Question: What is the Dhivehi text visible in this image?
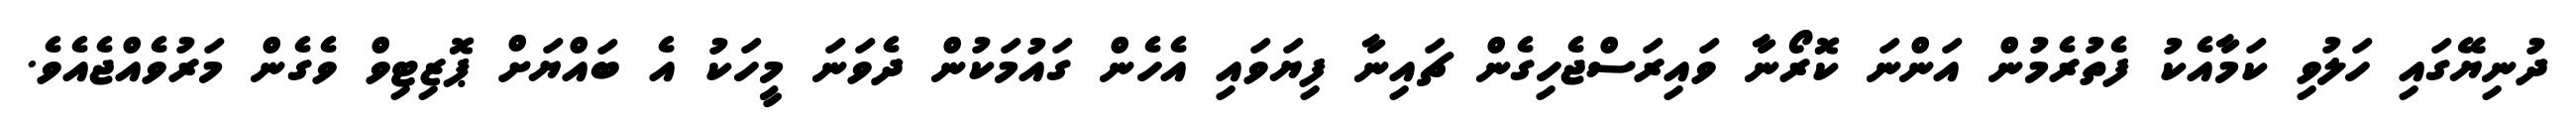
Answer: ދުނިޔޭގައި ހަލުވި ކަމާއެކު ފެތުރެމުން އަންނަ ކޮރޯނާ ވައިރަސްޖެހިގެން ޗައިނާ ފިޔަވައި އެހެން ގައުމަކުން ދެވަނަ މީހަކު އެ ބައްޔަށް ޕޮޒިޓިވް ވެގެން މަރުވެއްޖެއެވެ.